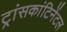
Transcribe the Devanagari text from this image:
ट्रांसकांटिनेंटल